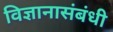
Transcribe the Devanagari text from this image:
विज्ञानासंबंधी